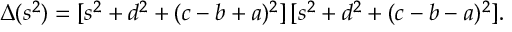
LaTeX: \Delta ( s ^ { 2 } ) = [ s ^ { 2 } + d ^ { 2 } + ( c - b + a ) ^ { 2 } ] \, [ s ^ { 2 } + d ^ { 2 } + ( c - b - a ) ^ { 2 } ] .